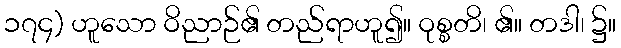
၁၇၄) ဟူသော ဝိညာဉ်၏ တည်ရာဟူ၍။ ဝုစ္စတိ၊ ၏။ တဒါ၊ ၌။